Indian journal of veterinary science and animal husbandry - Volume 11,
Year: 1941
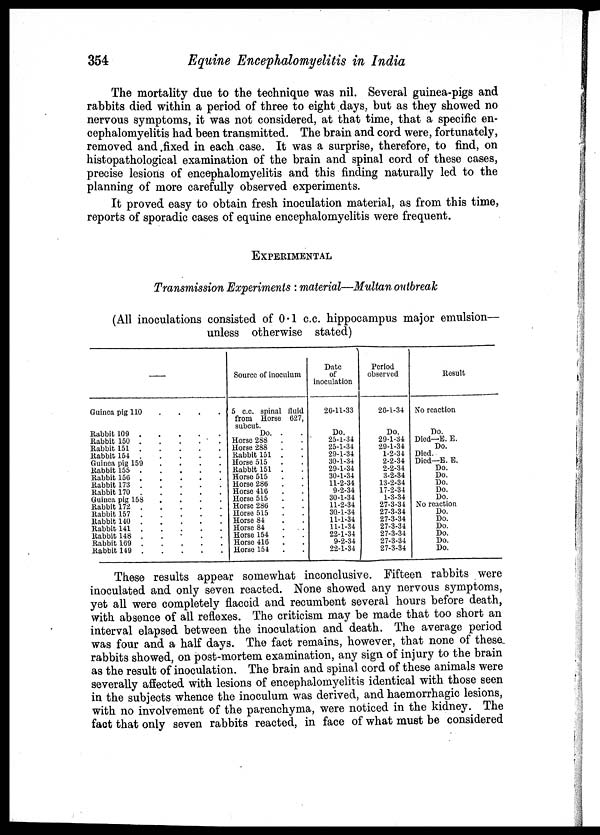
354
Equine Encephalomyelitis in India
The mortality due to the technique was nil. Several guinea-pigs and
rabbits died within a period of three to eight days, but as they showed no
nervous symptoms, it was not considered, at that time, that a specific en-
cephalomyelitis had been transmitted. The brain and cord were, fortunately,
removed and fixed in each case. It was a surprise, therefore, to find, on
histopathological examination of the brain and spinal cord of these cases,
precise lesions of encephalomyelitis and this finding naturally led to the
planning of more carefully observed experiments.
It proved easy to obtain fresh inoculation material, as from this time,
reports of sporadic cases of equine encephalomyelitis were frequent.
EXPERIMENTAL
Transmission Experiments : material—Multan outbreak
(All inoculations consisted of 0.1 c.c. hippocampus major emulsion—
unless otherwise stated)
—
Guinea pig 110 . . . .
Rabbit 109 . . . . .
Rabbit 150 . . . . .
Rabbit 151 . . . . .
Rabbit 154 . . . . .
Guinea pig 159 . . . . .
Rabbit 155 . . . . .
Rabbit 156 . . . . .
Rabbit 173 . . . . .
Rabbit 170 . . . . .
Guinea pig 158 . . . . .
Rabbit 172 . . . . .
Rabbit 157 . . . . .
Rabbit 140 . . . . .
Rabbit 141 . . . . .
Rabbit 148 . . . . .
Rabbit 169 . . . . .
Rabbit 149 . . . . .
Source of inculum
5 c.c. spinal fluid
from Horse 627,
subcut.
Do. . .
Horse 288 . .
Horse 288 . .
Rabbit 151 . .
Horse 515 . .
Rabbit 151 . .
Horse 515 . .
Horse 286 . .
Horse 416 . .
Horse 515 . .
Horse 286 . .
Horse 515 . .
Horse 84 . .
Horse 84 . .
Horse 154 . .
Horse 416 . .
Horse 154 . .
Date
of
inoculation
26-11-33
Do.
25-1-34
25-1-34
29-1-34
30-1-34
29-1-34
30-1-34
11-2-34
9-2-34
30-1-34
11-2-34
30-1-34
11-1-34
11-1-34
22-1-34
9-2-34
22-1-34
Period
observed
26-1-34
Do.
29-1-34
29-1-34
1-2-34
2-2-34
2-2-34
3-2-34
13-2-34
17-2-34
1-3-34
27-3-34
27-3-34
27-3-34
27-3-34
27-3-34
27-3-34
27-3-34
Result
No reaction
Do.
Died—E. E.
Do.
Died.
Died—E. E.
Do.
Do.
Do.
Do.
Do.
No reaction
Do.
Do.
Do.
Do.
Do.
Do.
These results appear somewhat inconclusive. Fifteen rabbits were
inoculated and only seven reacted. None showed any nervous symptoms,
yet all were completely flaccid and recumbent several hours before death,
with absence of all reflexes. The criticism may be made that too short an
interval elapsed between the inoculation and death. The average period
was four and a half days. The fact remains, however, that none of these,
rabbits showed, on post-mortem examination, any sign of injury to the brain
as the result of inoculation. The brain and spinal cord of these animals were
severally affected with lesions of encephalomyelitis identical with those seen
in the subjects whence the inoculum was derived, and haemorrhagic lesions,
with no involvement of the parenchyma, were noticed in the kidney. The
fact that only seven rabbits reacted, in face of what must be considered